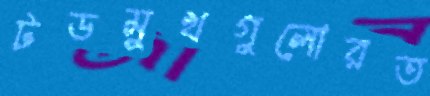
টডমুখগুলোরত